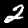
Label: 2